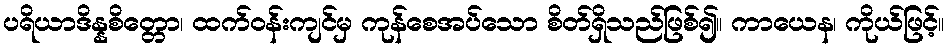
ပရိယာဒိန္နစိတ္တော၊ ထက်ဝန်းကျင်မှ ကုန်စေအပ်သော စိတ်ရှိသည်ဖြစ်၍။ ကာယေန၊ ကိုယ်ဖြင့်။